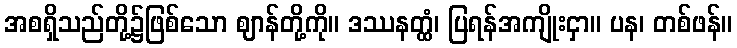
အစရှိသည်တို့၌ဖြစ်သော ဈာန်တို့ကို။ ဒဿနတ္ထံ၊ ပြရန်အကျိုးငှာ။ ပန၊ တစ်ဖန်။